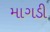
માગડી